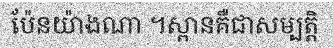
ប៉ែនយ៉ាងណា ។ស្ពានគឺជាសម្បត្តិ